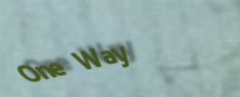
One Way